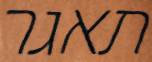
תאגר